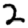
Digit: 2